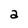
Character: a